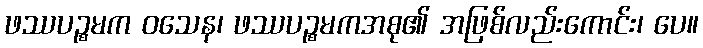
ဖဿပဉ္စမက ဝသေန၊ ဖဿပဉ္စမကအစု၏ အဖြစ်လည်းကောင်း၊ ပေ။